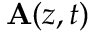
{ \bf A } ( z , t )